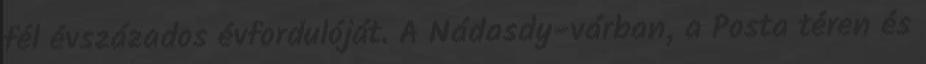
fél évszázados évfordulóját. A Nádasdy-várban, a Posta téren és